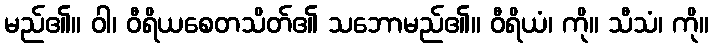
မည်၏။ ဝါ၊ ဝီရိယစေတသိတ်၏ သဘောမည်၏။ ဝီရိယံ၊ ကို။ သီသံ၊ ကို။